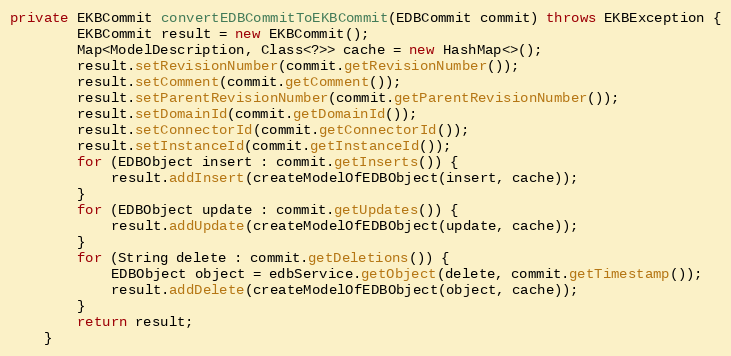
Language: Java
private EKBCommit convertEDBCommitToEKBCommit(EDBCommit commit) throws EKBException {
        EKBCommit result = new EKBCommit();
        Map<ModelDescription, Class<?>> cache = new HashMap<>();
        result.setRevisionNumber(commit.getRevisionNumber());
        result.setComment(commit.getComment());
        result.setParentRevisionNumber(commit.getParentRevisionNumber());
        result.setDomainId(commit.getDomainId());
        result.setConnectorId(commit.getConnectorId());
        result.setInstanceId(commit.getInstanceId());
        for (EDBObject insert : commit.getInserts()) {
            result.addInsert(createModelOfEDBObject(insert, cache));
        }
        for (EDBObject update : commit.getUpdates()) {
            result.addUpdate(createModelOfEDBObject(update, cache));
        }
        for (String delete : commit.getDeletions()) {
            EDBObject object = edbService.getObject(delete, commit.getTimestamp());
            result.addDelete(createModelOfEDBObject(object, cache));
        }
        return result;
    }